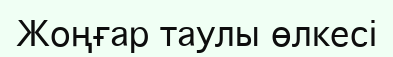
Жоңғар таулы өлкесі